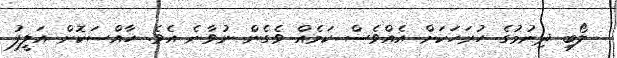
ލޯބި ދިނުމުގެ ހުރަހަކަށް އެއްވެސް ކަމެއް ވެގެން ނުވާނެ އެވެ. ހާއްސަކޮށް އަލީފު